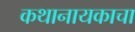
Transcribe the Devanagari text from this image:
कथानायकाचा